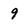
Character: 9